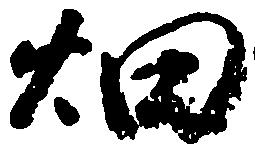
畑